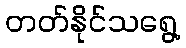
တတ်နိုင်သရွေ့